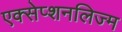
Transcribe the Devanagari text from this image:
एक्सेप्शनलिज्म